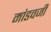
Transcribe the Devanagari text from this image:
मांडवजी